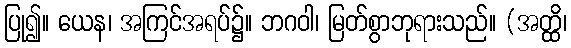
ပြု၍။ ယေန၊ အကြင်အရပ်၌။ ဘဂဝါ၊ မြတ်စွာဘုရားသည်။ (အတ္ထိ၊